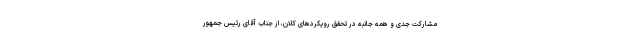
مشارکت جدی و همه جانبه در تحقق رویکردهای کلان، از جناب آقای رئیس جمهور